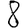
Digit: 8